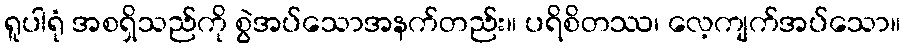
ရူပါရုံ အစရှိသည်ကို စွဲအပ်သောအနက်တည်း။ ပရိစိတဿ၊ လေ့ကျက်အပ်သော။